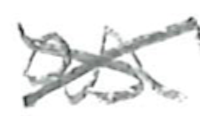
Text: as
Cross-out: mix
Writing tool: pencil